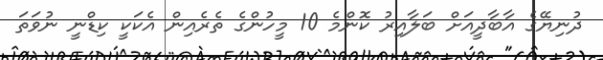
ދުނިޔޭގެ އާބާދީއަށް ބަލާއިރު ކޮންމެ 10 މީހުންގެ ތެރެއިން އެކަކީ ކިޑްނީ ނުވަތަ